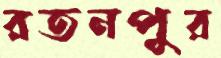
রতনপুর